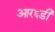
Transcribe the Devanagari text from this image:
आर६डी